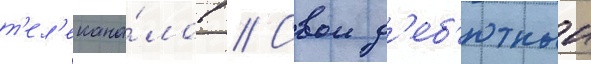
т'ел'екана́лов // Свои д'еб'ютныи